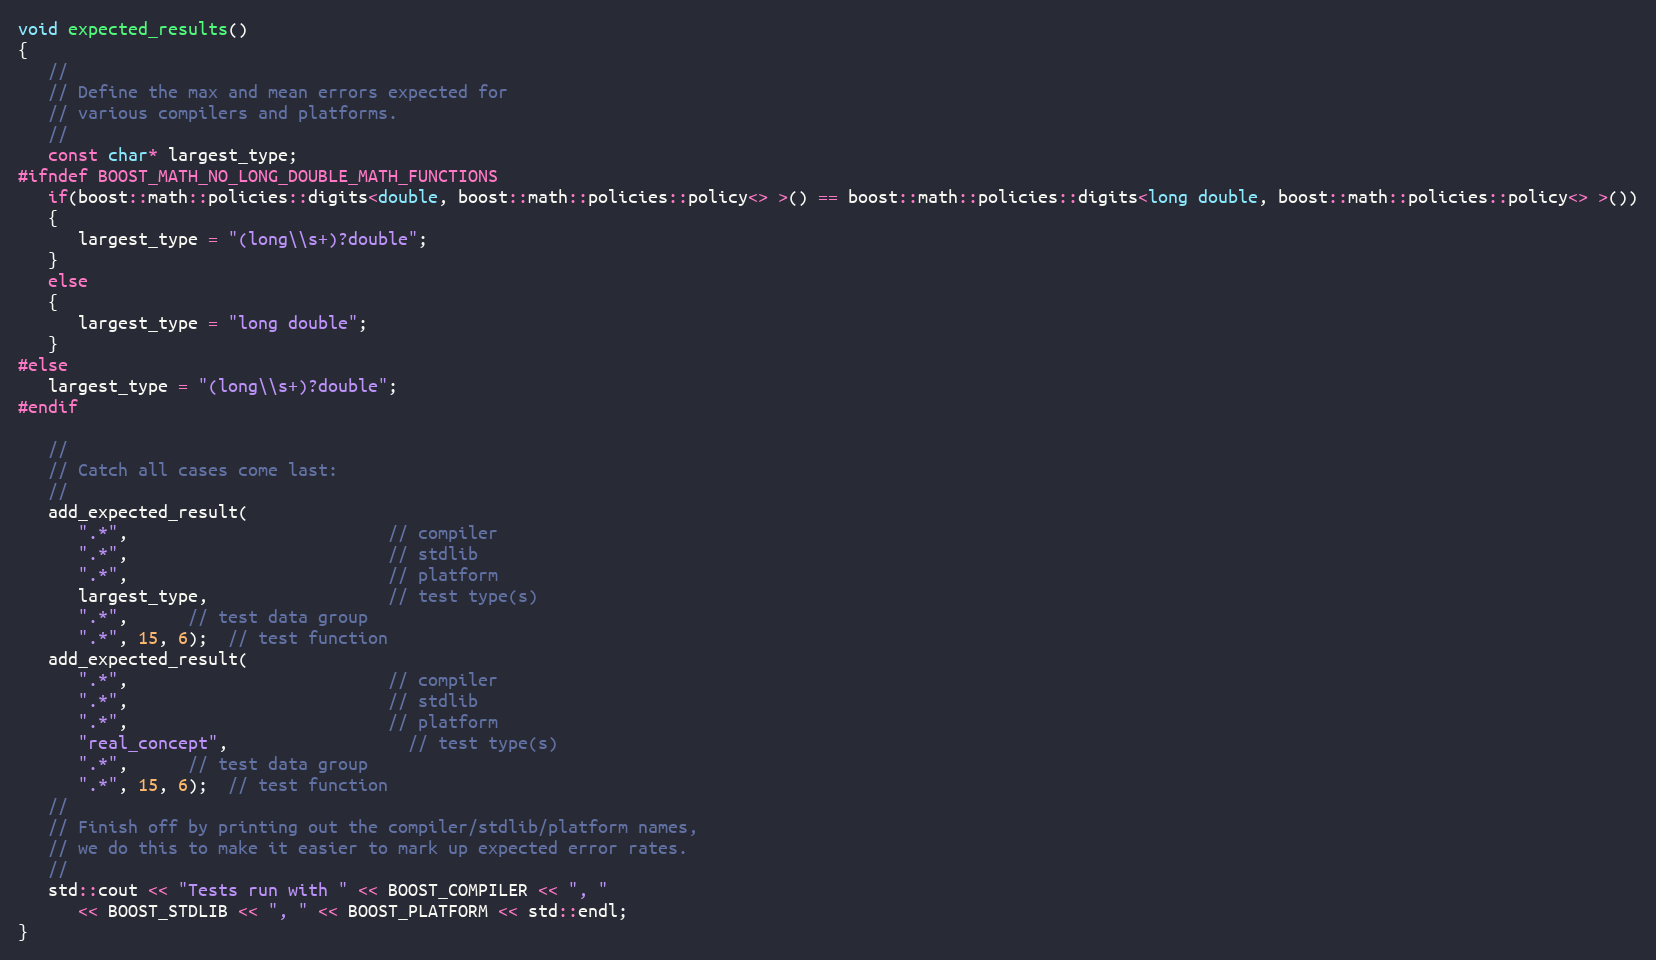
Language: C++
void expected_results()
{
   //
   // Define the max and mean errors expected for
   // various compilers and platforms.
   //
   const char* largest_type;
#ifndef BOOST_MATH_NO_LONG_DOUBLE_MATH_FUNCTIONS
   if(boost::math::policies::digits<double, boost::math::policies::policy<> >() == boost::math::policies::digits<long double, boost::math::policies::policy<> >())
   {
      largest_type = "(long\\s+)?double";
   }
   else
   {
      largest_type = "long double";
   }
#else
   largest_type = "(long\\s+)?double";
#endif

   //
   // Catch all cases come last:
   //
   add_expected_result(
      ".*",                          // compiler
      ".*",                          // stdlib
      ".*",                          // platform
      largest_type,                  // test type(s)
      ".*",      // test data group
      ".*", 15, 6);  // test function
   add_expected_result(
      ".*",                          // compiler
      ".*",                          // stdlib
      ".*",                          // platform
      "real_concept",                  // test type(s)
      ".*",      // test data group
      ".*", 15, 6);  // test function
   //
   // Finish off by printing out the compiler/stdlib/platform names,
   // we do this to make it easier to mark up expected error rates.
   //
   std::cout << "Tests run with " << BOOST_COMPILER << ", "
      << BOOST_STDLIB << ", " << BOOST_PLATFORM << std::endl;
}